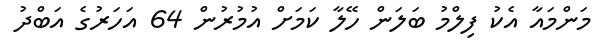
މަންމައާ އެކު ފިލްމު ބަލަން ހޭލާ ކަމަށް އުމުރުން 64 އަހަރުގެ އަބްދު